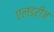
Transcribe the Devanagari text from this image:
एलड्रीज